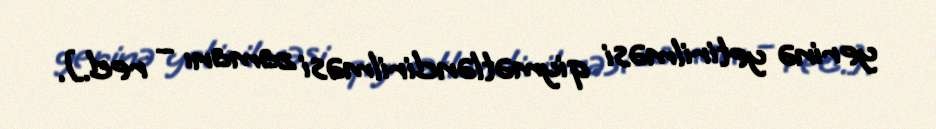
yerinə yetirilməsi qiymətləndirilməsi zamanı – red.].